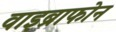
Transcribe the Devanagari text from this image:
वाइब्राफोन